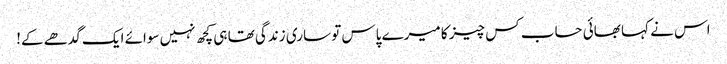
اس نے کہا بھائی حساب کس چیز کا میرے پاس تو ساری زندگی تھا ہی کچھ نہیں سوائے ایک گدھے کے!